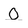
Character: O